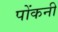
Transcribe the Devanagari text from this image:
पोंकनी